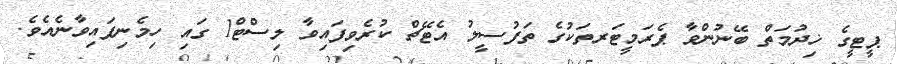
ޕީޓީގެ ޚިދުމަތް ބޭނުންވާ ޕެރަމީޓަރތަކުގެ ތަފުސީލު އެޓޭޗް ކުރެވިފައިވާ ލިސްޓް1 ގައި ހިމެނިފައިވާނެއެވެ.